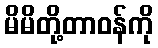
မိမိတို့တာဝန်ကို